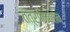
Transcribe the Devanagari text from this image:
तंत्रानिकेतन